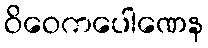
ဝိဝေကပေါဏေန